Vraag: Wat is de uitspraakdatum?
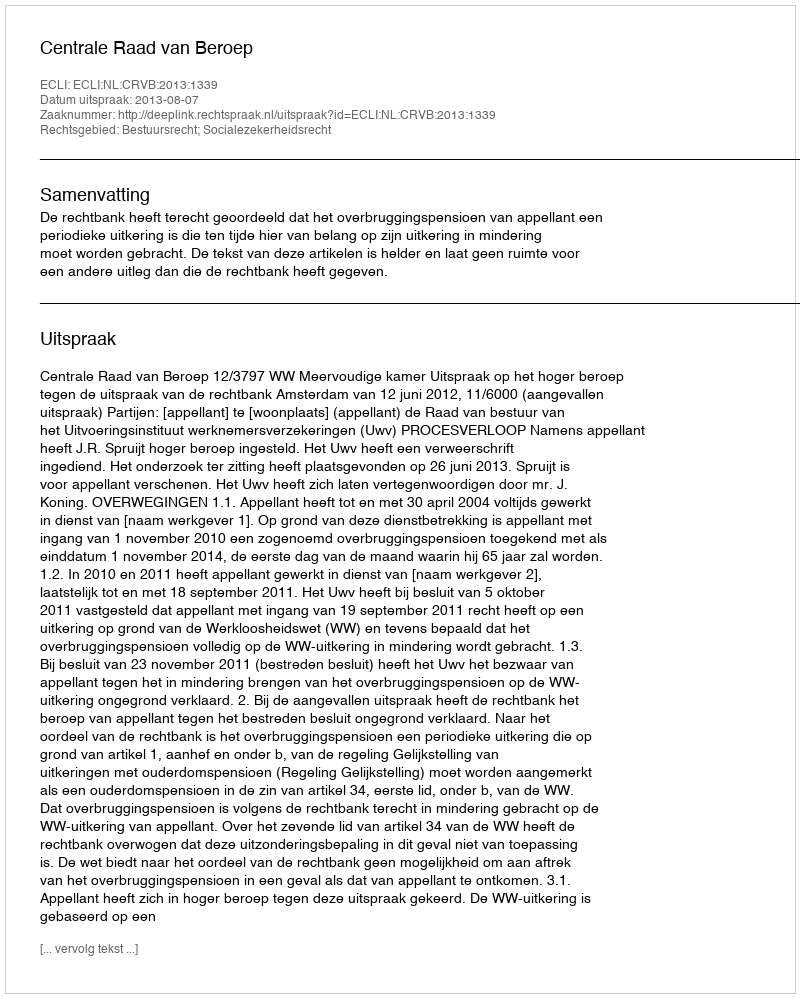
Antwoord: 2013-08-07